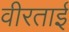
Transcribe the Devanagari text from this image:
वीरताई